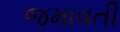
જમાવતી